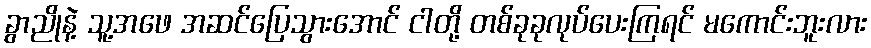
ခွာညိုနဲ့ သူ့အဖေ အဆင်ပြေသွားအောင် ငါတို့ တစ်ခုခုလုပ်ပေးကြရင် မကောင်းဘူးလား